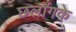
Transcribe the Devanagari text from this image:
छलाँगके